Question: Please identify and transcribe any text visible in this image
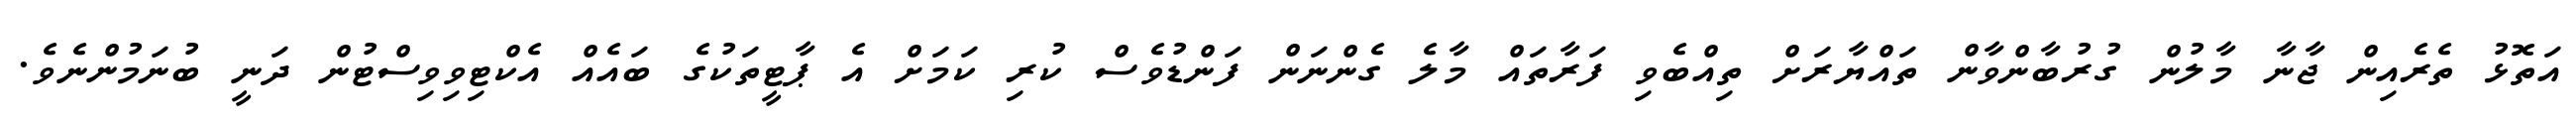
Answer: އަތޮޅު ތެރެއިން ޖާނާ މާލުން ގުރުބާންވާން ތައްޔާރަށް ތިއްބެވި ފަރާތައް މާލެ ގެންނަން ފަންޑުވެސް ކުރި ކަމަށް އެ ޕާޓީތަކުގެ ބައެއް އެކްޓިވިވިސްޓުން ދަނީ ބުނަމުންނެވެ.